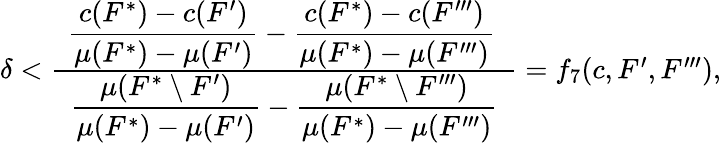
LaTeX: \begin{array}{r}{\delta<\frac{\hphantom{x}\displaystyle\frac{c(F^{*})-c(F^{\prime})}{\mu(F^{*})-\mu(F^{\prime})}-\frac{c(F^{*})-c(F^{\prime\prime\prime})}{\mu(F^{*})-\mu(F^{\prime\prime\prime})}\hphantom{x}}{\displaystyle\frac{\mu(F^{*}\setminus F^{\prime})}{\mu(F^{*})-\mu(F^{\prime})}-\frac{\mu(F^{*}\setminus F^{\prime\prime\prime})}{\mu(F^{*})-\mu(F^{\prime\prime\prime})}}=f_{7}(c,F^{\prime},F^{\prime\prime\prime}),}\end{array}